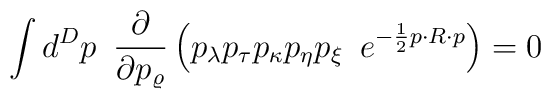
\int d^Dp\,\,\,        \frac{\partial}{\partial p_{\varrho}}    \left(        p_{\lambda}p_{\tau}p_{\kappa}p_{\eta}p_{\xi}\,\,\,        e^{-\frac{1}{2}p\cdot R\cdot p}    \right)    =0